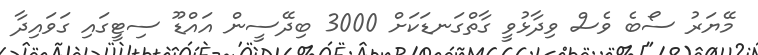
މޭޔަރު ސޯބެ ވެސް ވިދާޅުވީ ގާތްގަނޑަކަށް 3000 ބިދޭސީން އައްޑޫ ސިޓީގައި ގަވައިދާ